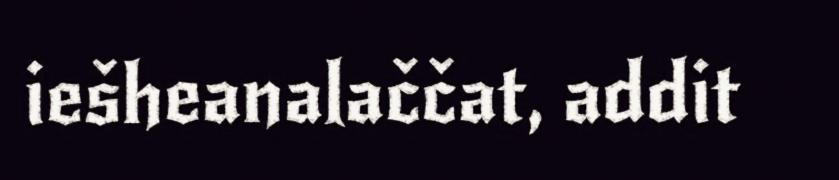
iešheanalaččat, addit